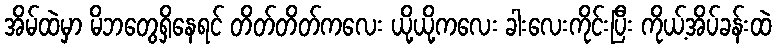
အိမ်ထဲမှာ မိဘတွေရှိနေရင် တိတ်တိတ်ကလေး ယို့ယို့ကလေး ခါးလေးကိုင်းပြီး ကိုယ့်အိပ်ခန်းထဲ